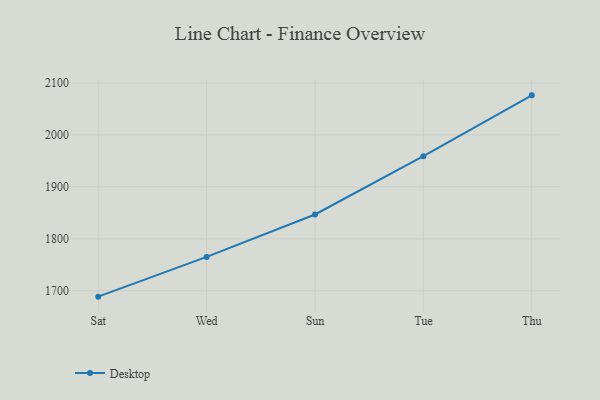
{"axis": {"x": "Day", "y": "Waste Production (Tons)"}, "legend": ["Desktop"], "data": [{"x": "Sat", "y": 1688.8, "type": "Desktop"}, {"x": "Wed", "y": 1765.3, "type": "Desktop"}, {"x": "Sun", "y": 1846.9, "type": "Desktop"}, {"x": "Tue", "y": 1959.0, "type": "Desktop"}, {"x": "Thu", "y": 2076.1, "type": "Desktop"}]}